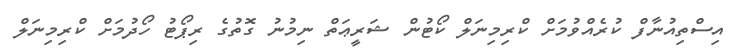
އިސްތިއުނާފް ކުރެއްވުމަށް ކްރިމިނަލް ކޯޓުން ޝަރީޢަތް ނިމުނު ގޮތުގެ ރިޕޯޓު ހޯދުމަށް ކްރިމިނަލް